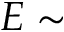
E \sim